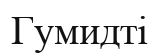
Гумидті